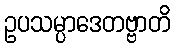
ဥပသမ္ပာဒေတဗ္ဗာတိ